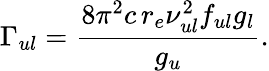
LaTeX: \Gamma_{ul}=\frac{8\pi^{2}c\, r_{e}\nu_{ul}^{2}f_{ul}g_{l}}{g_{u}}.